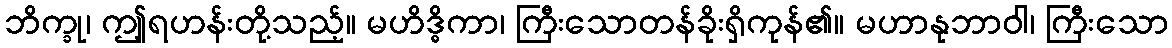
ဘိက္ခု၊ ဤ့ရဟန်းတို့သည့်။ မဟိဒ္ဓိကာ၊ ကြီးသောတန်ခိုးရှိကုန်၏။ မဟာနုဘာဝါ၊ ကြီးသော